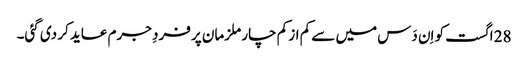
28 اگست کو اِن دَس میں سے کم از کم چار ملزمان پر فردِ جرم عاید کر دی گئی۔